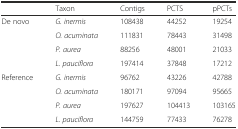
<table><thead><tr><td></td><td><b>Taxon</b></td><td><b>Contigs</b></td><td><b>PCTS</b></td><td><b>pPCTs</b></td></tr></thead><tbody><tr><td rowspan="4">De novo</td><td><i>G. inermis</i></td><td>108438</td><td>44252</td><td>19254</td></tr><tr><td><i>O. acuminata</i></td><td>111831</td><td>78443</td><td>31498</td></tr><tr><td><i>P. aurea</i></td><td>88256</td><td>48001</td><td>21033</td></tr><tr><td><i>L. pauciflora</i></td><td>197414</td><td>37848</td><td>17212</td></tr><tr><td rowspan="4">Reference</td><td><i>G. inermis</i></td><td>96762</td><td>43226</td><td>42788</td></tr><tr><td><i>O. acuminata</i></td><td>180171</td><td>97094</td><td>95665</td></tr><tr><td><i>P. aurea</i></td><td>197627</td><td>104413</td><td>103165</td></tr><tr><td><i>L. pauciflora</i></td><td>144759</td><td>77433</td><td>76278</td></tr></tbody></table>